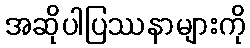
အဆိုပါပြဿနာများကို